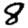
Digit: 8